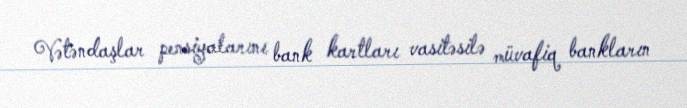
Vətəndaşlar pensiyalarını bank kartları vasitəsilə müvafiq bankların